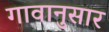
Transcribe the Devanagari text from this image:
गावानुसार